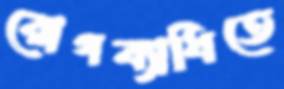
রোগব্যাধিতে